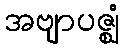
အဗျာပဇ္ဈံ